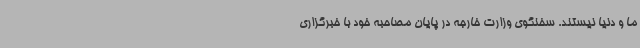
ما و دنیا نیستند. سخنگوی وزارت خارجه در پایان مصاحبه خود با خبرگزاری